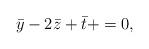
LaTeX: \begin{align*}\bar{y}-2\bar{z}+\bar{t}+=0,\end{align*}